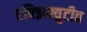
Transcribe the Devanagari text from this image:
एक्झिक्युटीव